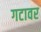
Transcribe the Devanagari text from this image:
गटावर